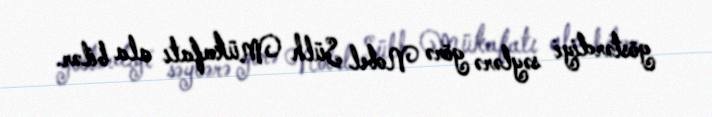
göstərdiyi səylərə görə Nobel Sülh Mükafatı ala bilər.